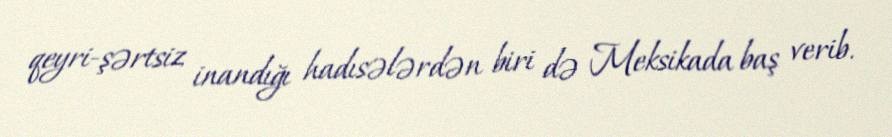
qeyri-şərtsiz inandığı hadısələrdən biri də Meksikada baş verib.